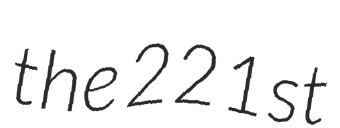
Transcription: the 221st